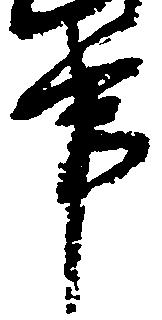
事